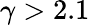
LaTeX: \gamma>2.1